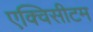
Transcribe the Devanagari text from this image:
एक्विसीटम